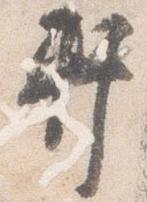
軒